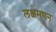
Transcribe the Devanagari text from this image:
लक्षमणन